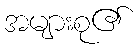
အများစု၏